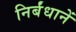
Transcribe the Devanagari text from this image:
निर्बंधानें